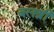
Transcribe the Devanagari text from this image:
बलश्री